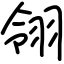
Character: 翎